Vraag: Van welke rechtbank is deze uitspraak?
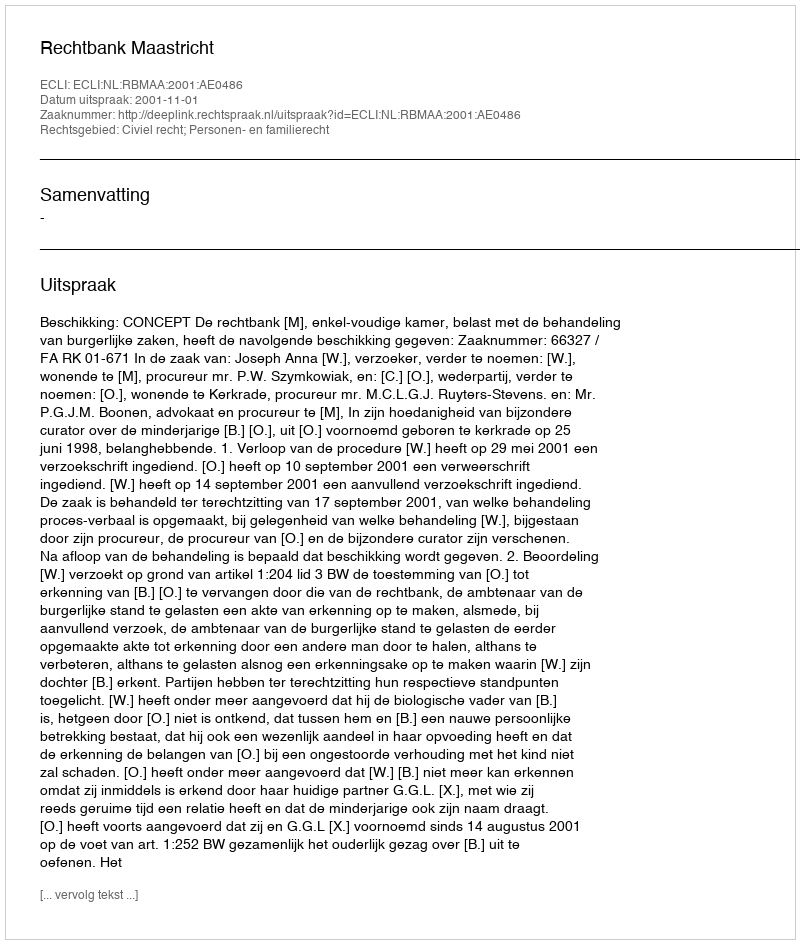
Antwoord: Rechtbank Maastricht